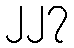
၂၂၇